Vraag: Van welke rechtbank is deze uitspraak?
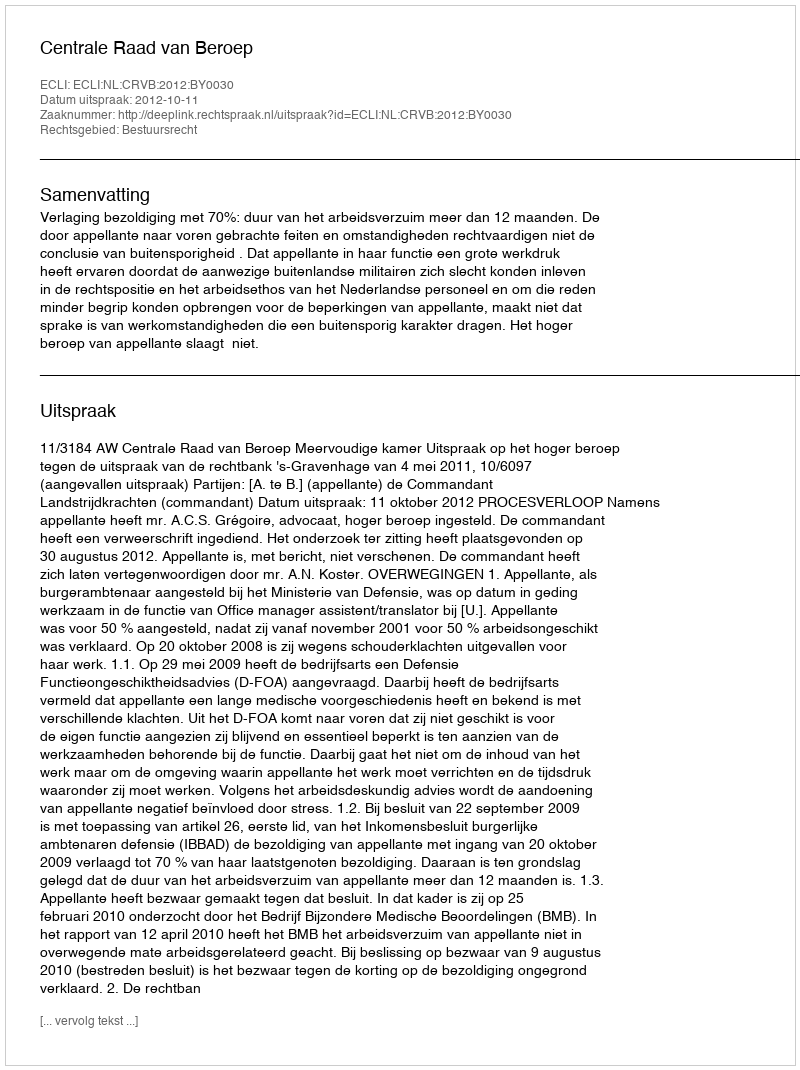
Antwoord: Centrale Raad van Beroep